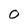
Character: 0